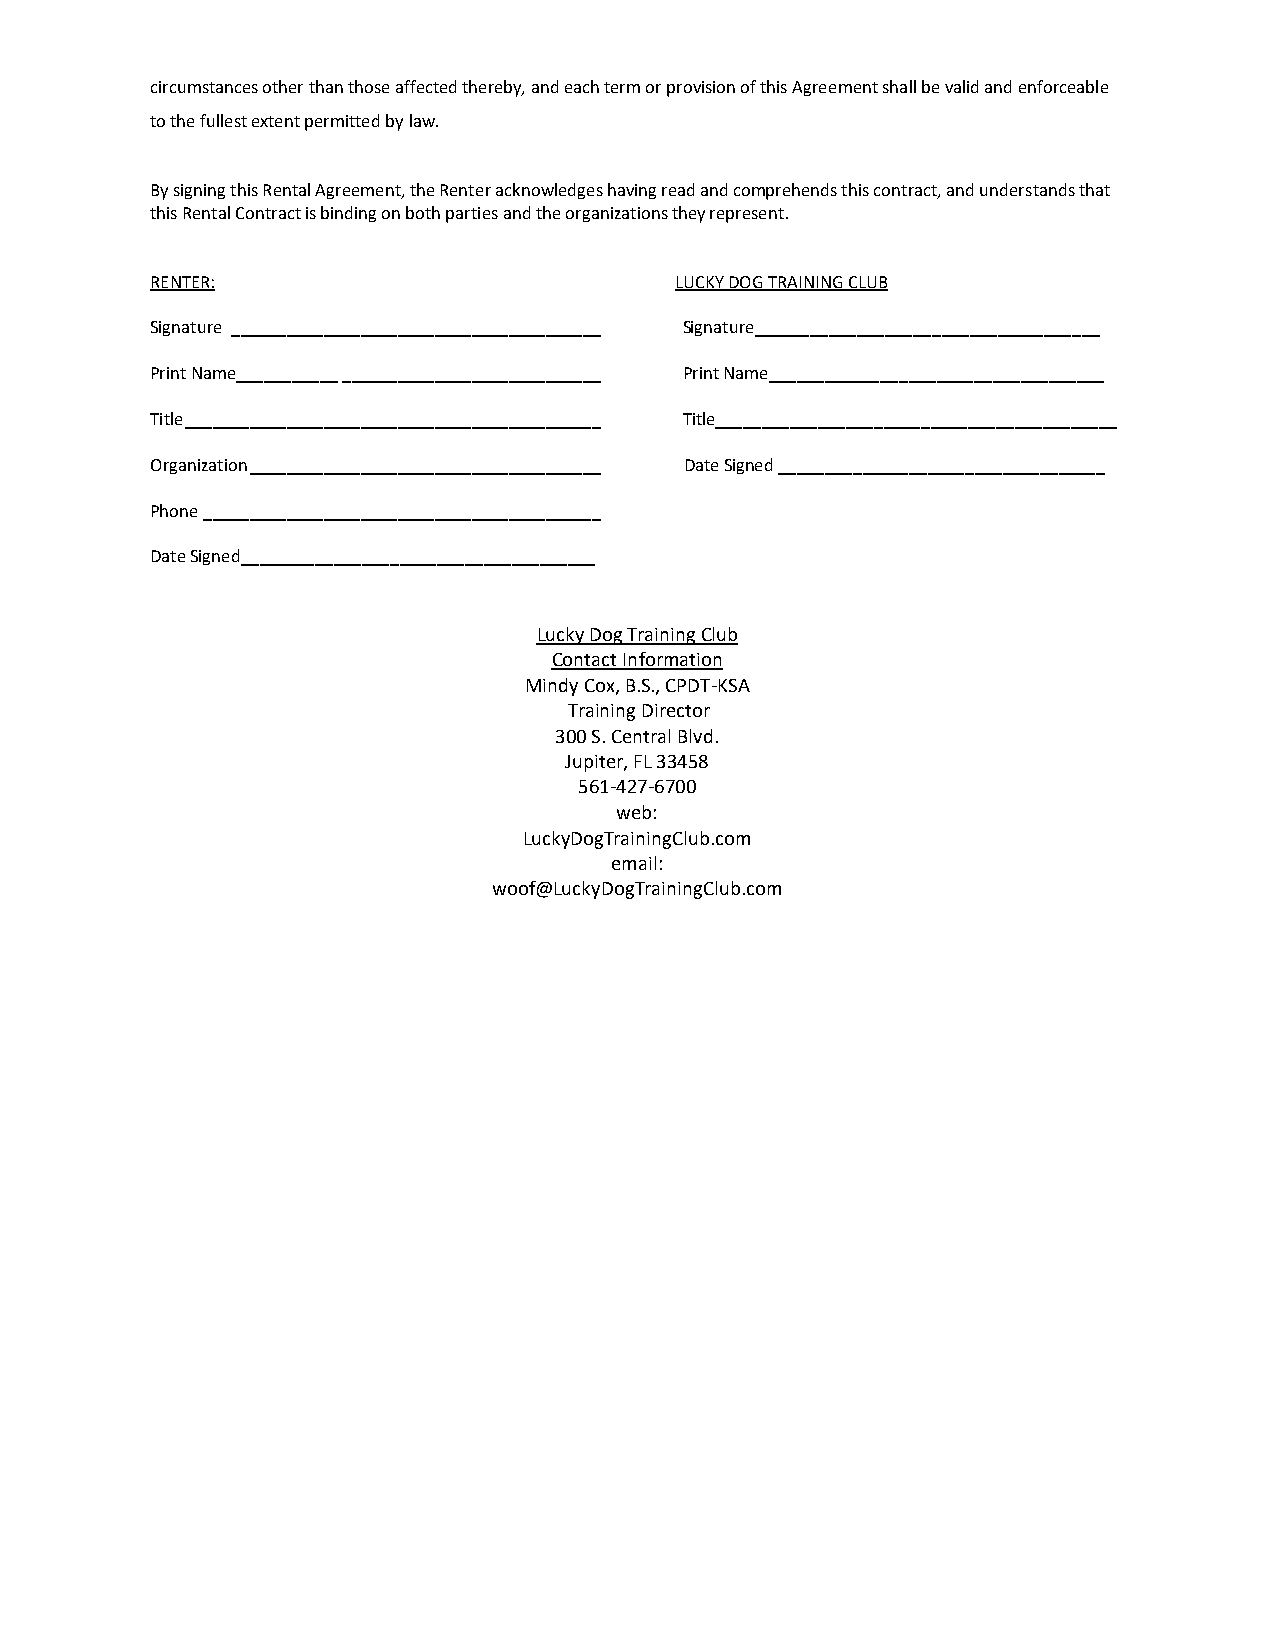
circumstances other than those affected thereby, and each term or provision of this Agreement shall be valid and enforceable
 to the fullest extent permitted by law.
 By signing this Rental Agreement, the Renter acknowledges having read and comprehends this contract, and understands that
 this Rental Contract is binding on both parties and the organizations they represent.
 RENTER:                            LUCKY DOG TRAINING CLUB
 Signature ________________________________________ Signature_____________________________________
 Print Name___________ ____________________________ Print Name____________________________________
 Title _____________________________________________ Title___________________________________________
 Organization ______________________________________ Date Signed ___________________________________
 Phone ___________________________________________
 Date Signed______________________________________
 Lucky Dog Training Club
 Contact Information
 Mindy Cox, B.S., CPDT-KSA
 Training Director
 300 S. Central Blvd.
 Jupiter, FL 33458
 561-427-6700
 web:
 LuckyDogTrainingClub.com
 email:
 woof@LuckyDogTrainingClub.com